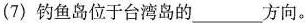
(7)钓鱼岛位于台湾岛的___方向。